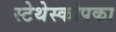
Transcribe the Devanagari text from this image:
स्टेथेस्कोपका